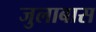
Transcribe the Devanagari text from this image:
जुलाबास